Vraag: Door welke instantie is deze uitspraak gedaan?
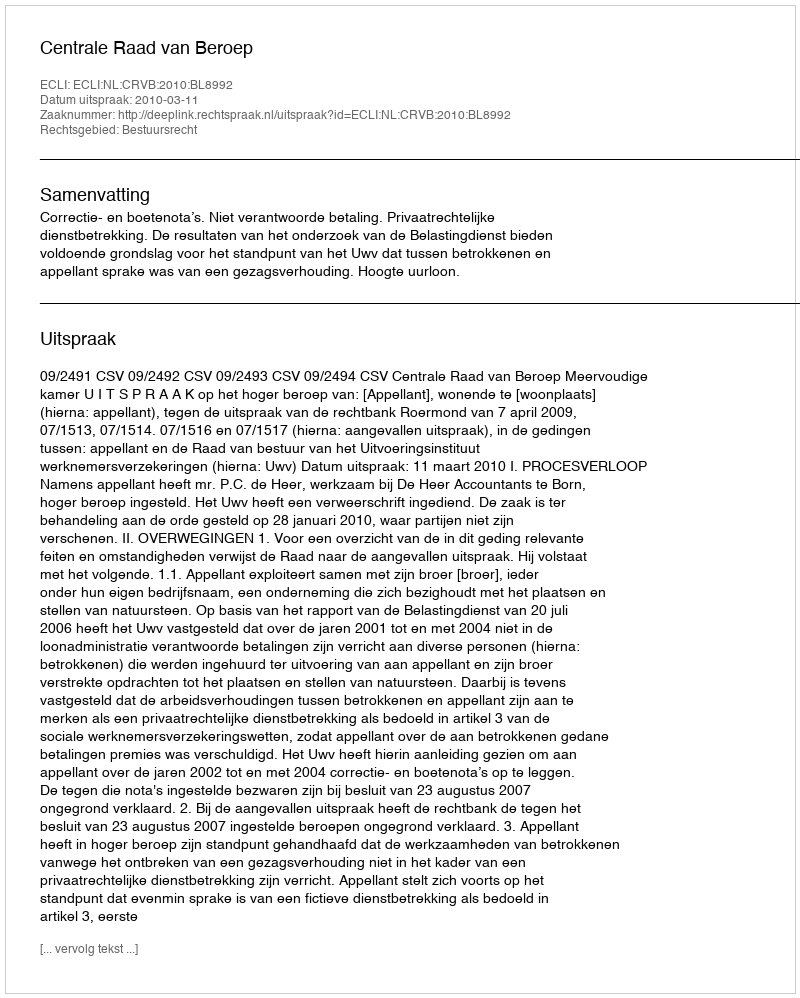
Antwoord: Centrale Raad van Beroep